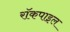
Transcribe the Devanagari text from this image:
रॉकपाइल